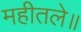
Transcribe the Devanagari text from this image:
महीतले॥